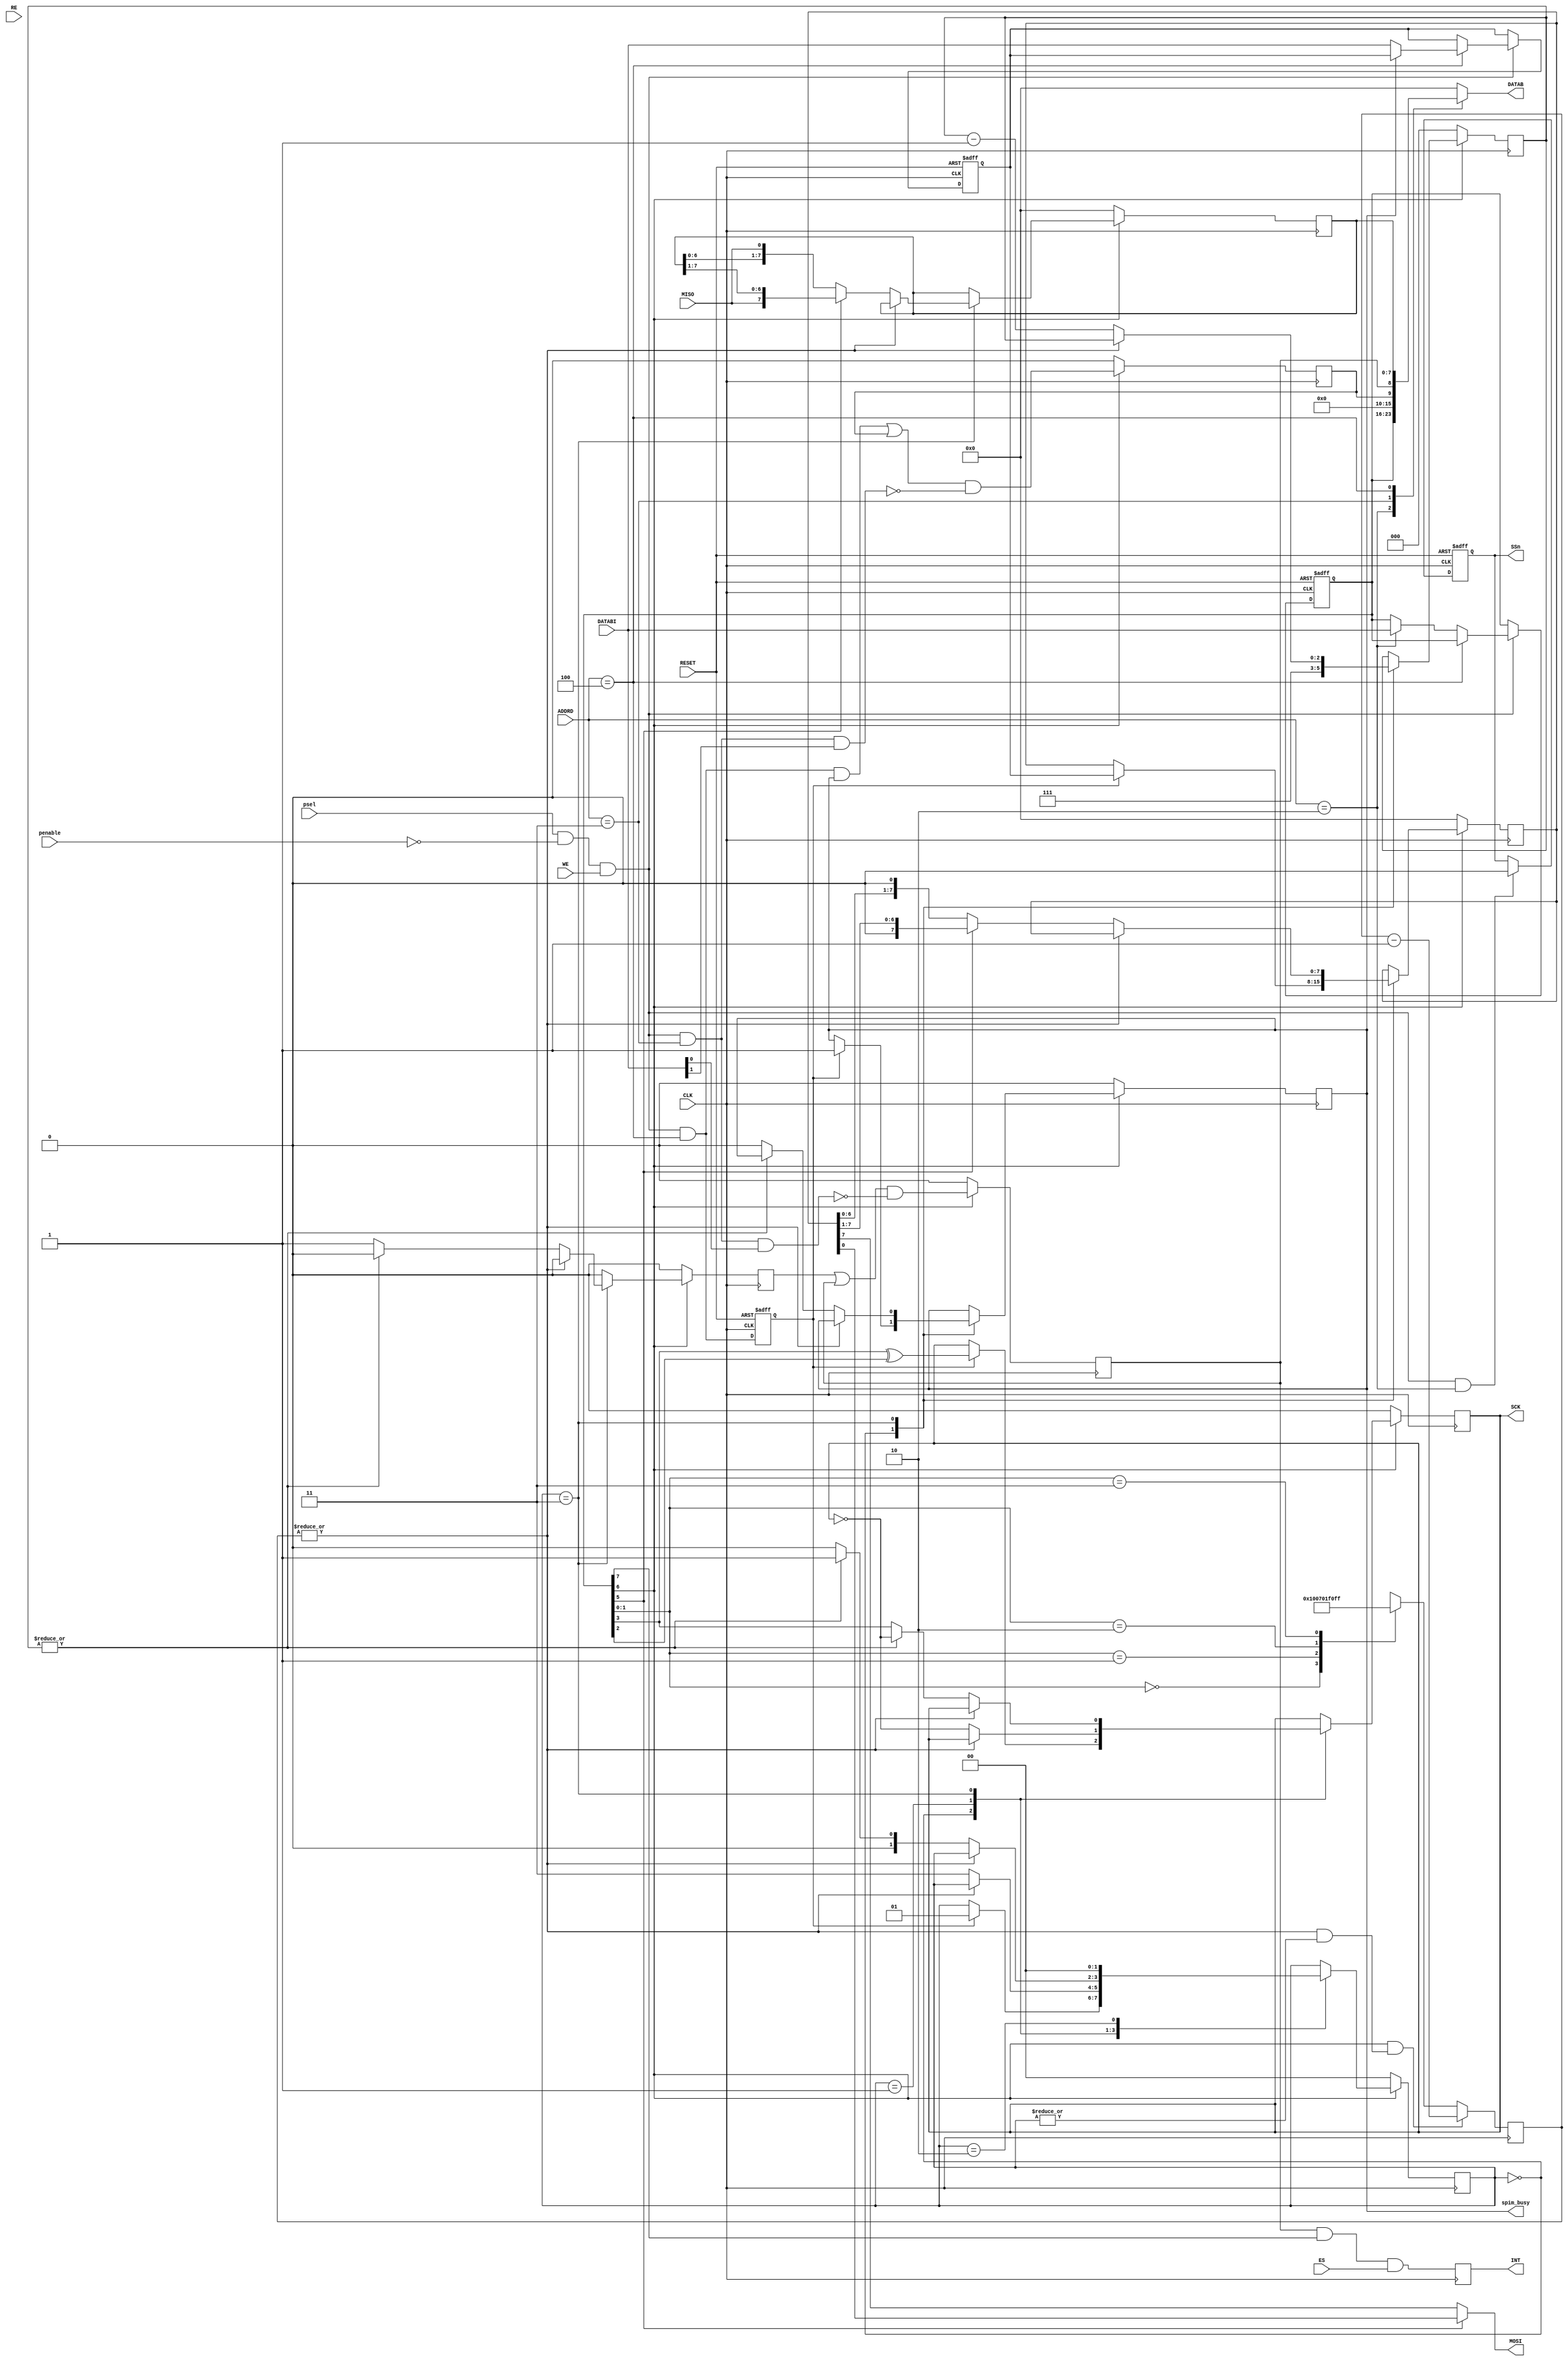
module spi_master(
  // Global signals
  input wire CLK,        // System CLK  
  input wire RESET,      // RST: enable 1
  // SFR signals
  input wire psel,      // SPI Chip selected: Active 1
  input wire penable,   // SPI Enable: Active 0 (Pulse)
  input wire WE,        // Write data to SFR
  input wire RE,        // Read data from SFR
  input wire [7:0] ADDRD,  // SFR address
  output wire spim_busy,    // High means SPI Master is busy
  // Data bus
  input wire [7:0] DATABI,    // Main data bus input
  output reg [7:0] DATAB,    // Main data bus output
  // SPI ports
  output wire SCK,        // Serial clock output
  output wire MOSI,       // Master Out Slave In
  input  wire MISO,       // Master In Slave Out
  output reg  INT,        // SPI interrupt output
  output reg  SSn,        // SSn Slave Select Signal
  // Others
  input wire ES            // Interrupt Enable Register
);

parameter SPCR_ADDR = 8'h02;
parameter SPSR_ADDR = 8'h03;
parameter SPDR_ADDR = 8'h04;

// Module body
//
reg  [7:0] spcr;       // SPI Control Register
wire [7:0] spsr;       // SPI Status Register
reg  [7:0] spdr;       // SPI Data Register
reg  [7:0] spdr_rx;
reg  [7:0] spdr_tx;

// Misc signals
reg    tirq;        // Transfer interrupt (selected number of transfers done)
reg    tx;        // Transmission flag (level high when transmission in progress)
wire    spdr_ov;
reg    [1:0] state;    // Statemachine state
reg    [2:0] bcnt;

reg  sck_m; 
wire sck_s, miso_m;

wire wr_spdr, wr_spsr;
reg  wr_spdr_d1;

// modified by peng for apb slave
wire apb_wr = psel & ~penable & WE;
wire apb_rd = psel & ~penable & RE;

assign spim_busy = tx;

always @(*)
  case(ADDRD) // synopsys full_case parallel_case
    SPCR_ADDR: DATAB = spcr;
    SPSR_ADDR: DATAB = spsr;
    SPDR_ADDR: DATAB = spdr_rx;
      default: DATAB = 8'h00;
  endcase

//assign DATAB = (ADDRD == SPCR_ADDR && apb_rd) ? spcr : 8'hzz;
//assign DATAB = (ADDRD == SPSR_ADDR && apb_rd) ? spsr : 8'hzz;
//assign DATAB = (ADDRD == SPDR_ADDR && apb_rd) ? spdr : 8'hzz;

// SPDR - SPI Data Register
// SPCR - SPI Control Register
always @(posedge CLK or posedge RESET)
  if (RESET)
    begin
        spdr <= #1 8'h00;     // SPDR Reset Value 8'h00
        spcr <= #1 8'h00;     // SPCR Reset Value 8'h00 // cpol=0, cpha=0, speed=1 
    end
  else if (apb_wr)
    begin
      if (ADDRD == SPDR_ADDR) 
        begin
          if (~tx) spdr <= #1 DATABI; // Write data to SPDR
        end
      else if (ADDRD == SPCR_ADDR)
            spcr <= #1 DATABI;        // Write data to SPCR
    end

assign wr_spdr = apb_wr & (ADDRD == SPDR_ADDR);
assign spdr_ov = wr_spdr & tx;

always @(posedge CLK or posedge RESET)
  if (RESET)
     wr_spdr_d1 <= 1'b0;
  else
     wr_spdr_d1 <= wr_spdr;
    
// Decode SPCR
wire       spie = spcr[7];   // Interrupt enable bit
wire       spe  = spcr[6];   // System Enable bit
wire       dord = spcr[5];   // Data Transmission Order
wire       mstr = spcr[4];   // Master Mode Select Bit
wire       cpol = spcr[3];   // Clock Polarity Bit
wire       cpha = spcr[2];   // Clock Phase Bit
wire [1:0] spr  = spcr[1:0]; // Clock Rate Select Bits

// SPSR - SPI Status Register
assign wr_spsr = apb_wr & (ADDRD == SPSR_ADDR);

reg spif;
always @(posedge CLK)
  if (~spe)
    spif <= #1 1'b0;
  else
    spif <= #1 (tirq | spif) & ~(wr_spsr & DATABI[0]);     // Set by hardware, clear by software

reg wcol;
always @(posedge CLK)
  if (~spe)
    wcol <= #1 1'b0;
  else 
    wcol <= #1 (spdr_ov | wcol) & ~(wr_spsr & DATABI[1]);    // Set by hardware, clear by software

assign spsr[0]   = spif;
assign spsr[1]   = wcol;
assign spsr[7:2] = 6'b000000;
  
// Generate IRQ output
always @(posedge CLK)
  INT <= #1 spif & spie & ES;

// Clock Divider
//
// SPR1 SPR0 SCK=fosc divided by
// 0    0    4
// 0    1    16
// 1    0    64
// 1    1    128
reg [11:0] clkcnt;
always @(posedge CLK)
  if(spe & (|clkcnt & |state))     // pass when (spe = 1, clkcnt ~= 0, state ~= 0)
    clkcnt <= #1 clkcnt - 1;
  else
    case (spr) // synopsys full_case parallel_case
      2'b00: clkcnt <= #1 'h1;    // fosc/4
      2'b01: clkcnt <= #1 'h7;    // fosc/16
      2'b10: clkcnt <= #1 'h1f;    // fosc/64
      2'b11: clkcnt <= #1 'hff;    // fosc/255
    endcase

// Generate clock enable signal for SCK (SPI Serial Clock)
wire ena = ~|clkcnt; // ena asserts when clkcnt = 0

// State machine for serial data transmission and SCK generation
always @(posedge CLK)
  if (~spe)
    begin
        state <= #1 2'b00; // Idle
        bcnt  <= #1 3'h0;
        tirq  <= #1 1'b0;
        sck_m <= #1 1'b0;
        tx    <= #1 1'b0;
        spdr_rx <= #1 8'h0;
        spdr_tx <= #1 8'h0;
    end
  else
    begin
       tirq  <= #1 1'b0;

       case (state) //synopsys full_case parallel_case
         2'b00: // Idle state
            begin
                bcnt  <= #1 3'h7; // Set transfer counter
                if (wr_spdr_d1) begin
                  state <= #1 2'b01;
                  sck_m <= #1 cpol^cpha;     // Initialize SCK
                  tx <= #1 1'b1;         // Transmission start flag
                  spdr_tx <= #1 spdr;
                end
            end

         2'b01: // Clock-phase2, next data
            if (ena) begin
              sck_m   <= #1 ~sck_m;
              state   <= #1 2'b11;
            end

         2'b11: // Clock phase1
            if (ena) begin
              if (dord) 
                spdr_tx <= #1 {1'b0, spdr_tx[7:1]}; // LSB first in data transmission
              else 
                spdr_tx <= #1 {spdr_tx[6:0], 1'b0}; // MSB first in data transmission
              
              if (dord) 
                spdr_rx <= #1 {miso_m, spdr_rx[7:1]}; // LSB first in data transmission
              else 
                spdr_rx <= #1 {spdr_rx[6:0], miso_m}; // MSB first in data transmission

              bcnt <= #1 bcnt - 3'h1;

              if (~|bcnt) begin     // True when bcnt = 0
                state <= #1 2'b00;
                sck_m <= #1 cpol;
                tirq <= #1 1'b1;     // tirq asserts when all bits have been transferred
                tx <= #1 1'b0;     // Transmission done flag
              end else begin
                state <= #1 2'b01;
                sck_m <= #1 ~sck_m;
              end
            end

         2'b10: state <= #1 2'b00;
       endcase
    end

//assign SCK = (mstr)? sck_m : 1'hz;
//assign MOSI = (mstr)? (dord)? spdr_tx[0]:spdr_tx[7] : 1'hz;
//assign miso_m = (mstr)? MISO : 1'hz;
assign SCK = sck_m;
assign MOSI = (dord)? spdr_tx[0]:spdr_tx[7];
assign miso_m = MISO;

// XJ: start cs from 1
//assign SSn = 1'b0;
always @(posedge CLK or posedge RESET) begin
  if (RESET)
    begin
        SSn <= #1 1'b1;  
    end
  else if (apb_wr && (ADDRD == SPCR_ADDR))
    begin
        SSn <= #1 1'b0; 
    end
end


endmodule